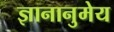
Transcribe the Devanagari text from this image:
ज्ञानानुमेय